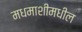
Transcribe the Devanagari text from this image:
मधमाशीमधील